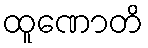
ထူဏောတိ